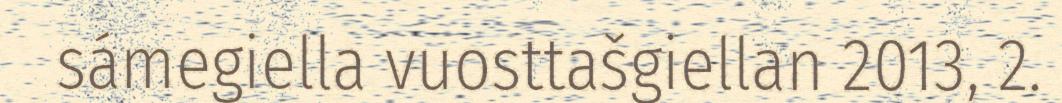
sámegiella vuosttašgiellan 2013, 2.